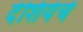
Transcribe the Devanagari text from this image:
देशियेचें